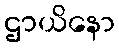
ဌာယိနော